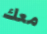
معك